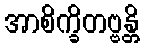
အာစိက္ခိတဗ္ဗန္တိ